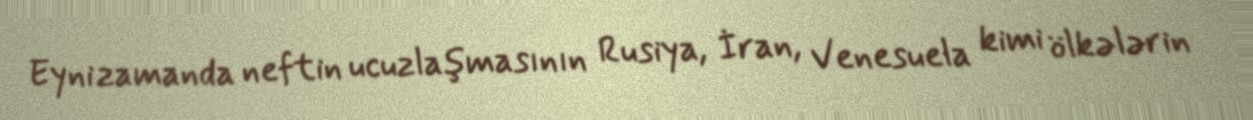
Eyni zamanda neftin ucuzlaşmasının Rusiya, İran, Venesuela kimi ölkələrin